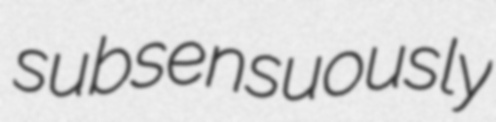
subsensuously